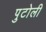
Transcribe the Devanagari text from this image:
पुटोली